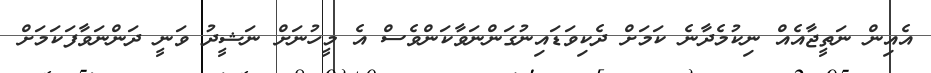
އެއިން ނަތީޖާއެއް ނިކުމެދާނެ ކަމަށް ދެކިވަޑައިނުގަންނަވާކަންވެސް އެ މީހުނަށް ނަޝީދު ވަނީ ދަންނަވާފަކަމަށް